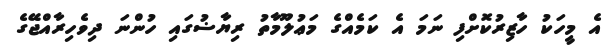
އެ މީހަކު ހާޒިރުކޮށްފި ނަމަ އެ ކަމެއްގެ މަޢުލޫމާތު ރިޔާޟުގައި ހުންނަ ދިވެހިރާއްޖޭގެ